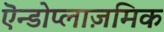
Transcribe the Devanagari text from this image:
एॆन्डोप्लाज़मिक